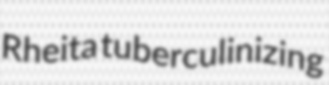
Rheita tuberculinizing